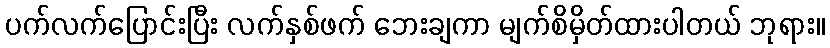
ပက်လက်ပြောင်းပြီး လက်နှစ်ဖက် ဘေးချကာ မျက်စိမှိတ်ထားပါတယ် ဘုရား။